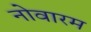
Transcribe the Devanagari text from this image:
नोवारम